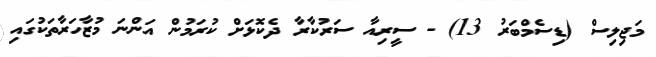
މަޖިލިސް (ޑިސެމްބަރު 13) - ސީރިއާ ސަރުކާރާ ދެކޮޅަށް ކުރަމުން އަންނަ މުޒާހަރާތަކުގައި